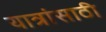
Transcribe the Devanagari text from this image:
यात्रांसाठी